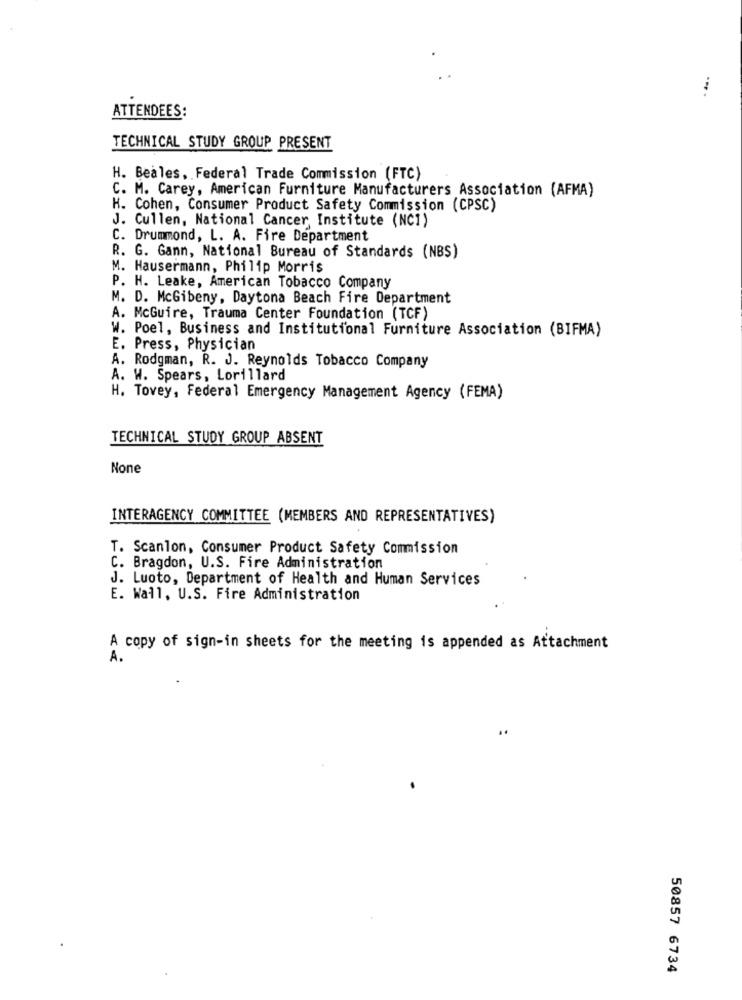
ATTENDEES:
TECHNICAL STUDY GROUP PRESENT
H. Beales, Federal Trade Commission (FTC)
C. M. Carey, American Furniture Manufacturers Association (AFMA)
K. Cohen, Consumer Product Safety Commission (CPSC)
J. Cullen, National Cancer Institute (NC1)
C. Drummond, L. A. Fire Department
R. G. Gann, National Bureau of Standards (NBS)
M. Hausermann, Philip Morris
P. H. Leake, American Tobacco Company
M. D. McGibeny, Daytona Beach Fire Department
A. McGuire, Trauma Center Foundation (TCF)
W. Poel, Business and Institutional Furniture Association (BIFMA)
E. Press, Physician
A. Rodgman, R. J. Reynolds Tobacco Company
A. W. Spears, Lorillard
H. Tovey, Federal Emergency Management Agency (FEMA)
TECHNICAL STUDY GROUP ABSENT
INTERAGENCY COMMITTEE (MEMBERS AND REPRESENTATIVES)
T. Scanlon, Consumer Product Safety Commission
C. Bragdon, U.S. Fire Administration
J. Luoto, Department of Health and Human Services
E. Wall, U.S. Fire Administration
A copy of sign-in sheets for the meeting is appended as Attachment
A.
50857 6734